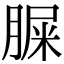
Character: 䐖